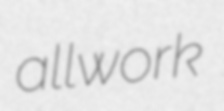
allwork